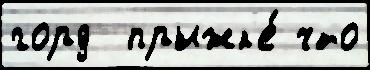
горд  прыжк'е́ что